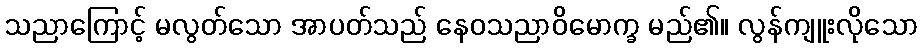
သညာကြောင့် မလွတ်သော အာပတ်သည် နေဝသညာဝိမောက္ခ မည်၏။ လွန်ကျူးလိုသော